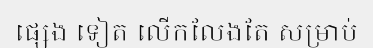
ផ្សេង ទៀត លើកលែងតែ សម្រាប់